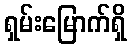
ရှမ်းမြောက်ရှိ